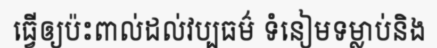
ធ្វើឲ្យប៉ះពាល់ដល់វប្បធម៌ ទំនៀមទម្លាប់និង